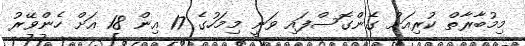
މިމުބާރާތް ކުރިއަށް ގެންގޮސްފައި ވަނީ މިމަހުގެ 17 އިން 18 އަށް ހެންވޭރު